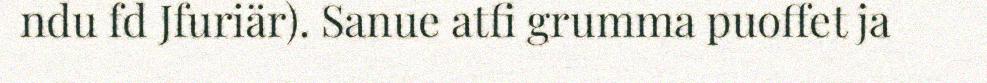
ndu fd Jfuriär). Sanue atfi grumma puoffet ja